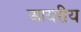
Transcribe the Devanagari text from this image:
आयरीय